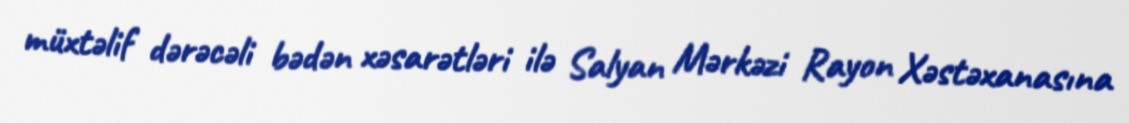
müxtəlif dərəcəli bədən xəsarətləri ilə Salyan Mərkəzi Rayon Xəstəxanasına